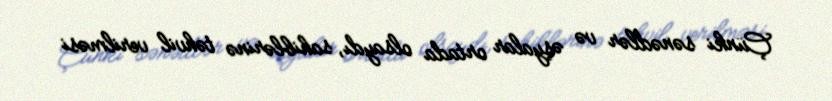
Çünki sənədlər və əşyalar ortada olsaydı, sahiblərinə təhvil verilməsi